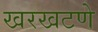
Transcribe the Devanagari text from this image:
खरखटणे